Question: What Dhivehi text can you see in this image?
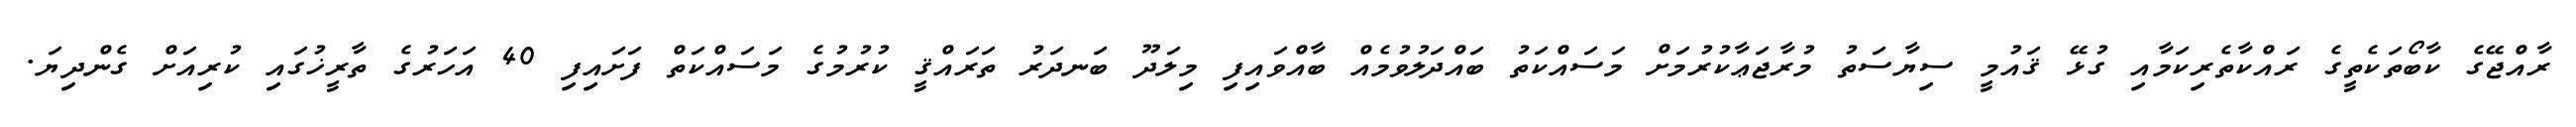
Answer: ރާއްޖޭގެ ކާބޯތަކެތީގެ ރައްކާތެރިކަމާއި ގުޅޭ ޤައުމީ ސިޔާސަތު މުރާޖަޢާކުރުމަށް މަސައްކަތު ބައްދަލުވުމެއް ބާއްވައިފި މިލަދޫ ބަނދަރު ތަރައްޤީ ކުރުމުގެ މަސައްކަތް ފަށައިފި 40 އަހަރުގެ ތާރީޚުގައި ކުރިއަށް ގެންދިޔަ.